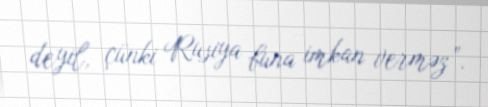
deyil, çünki Rusiya buna imkan verməz”.